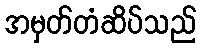
အမှတ်တံဆိပ်သည်